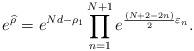
\begin{align*}e^{\widehat{\rho}}=e^{Nd-\rho_1}\prod_{n=1}^{N+1}e^{\frac{(N+2-2n)}{2}\varepsilon_n}.\end{align*}